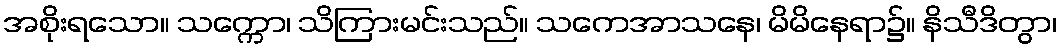
အစိုးရသော။ သက္ကော၊ သိကြားမင်းသည်။ သကေအာသနေ၊ မိမိနေရာ၌။ နိသီဒိတွာ၊